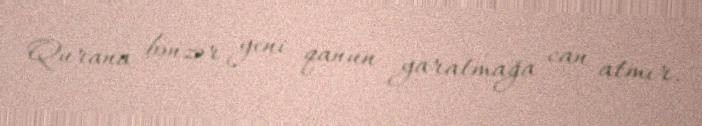
Qurana bənzər yeni qanun yaratmağa can atmır.